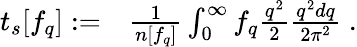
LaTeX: \begin{array}{rl}{t_{s}[f_{q}]:=}&{{}\frac{1}{n[f_{q}]}\int_{0}^{\infty}f_{q}\frac{q^{2}}{2}\frac{q^{2}dq}{2\pi^{2}}\; .}\end{array}